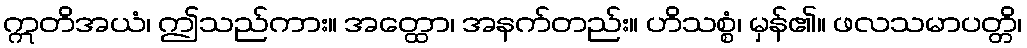
ဣတိအယံ၊ ဤသည်ကား။ အတ္ထော၊ အနက်တည်း။ ဟိသစ္စံ၊ မှန်၏။ ဖလသမာပတ္တိ၊